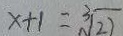
x + 1 = \sqrt [ 3 ] { 2 7 }